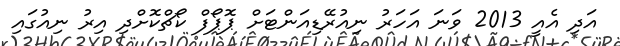
އަދި އެއީ 2013 ވަނަ އަހަރު ނިއުރޭޑިއަންޓަށް ޕޮޕޯފް ކޯޗްކޮށްދި އިރު ނިއުގައި